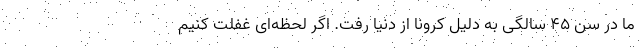
ما در سن ۴۵ سالگی به دلیل کرونا از دنیا رفت. اگر لحظه‌ای غفلت کنیم